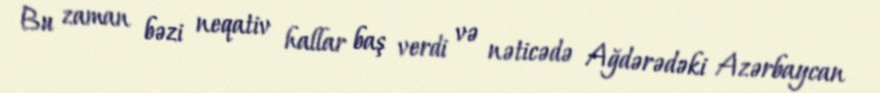
Bu zaman bəzi neqativ hallar baş verdi və nəticədə Ağdərədəki Azərbaycan